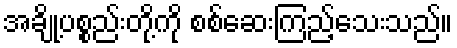
အချို့ပစ္စည်းတို့ကို စစ်ဆေးကြည့်သေးသည်။